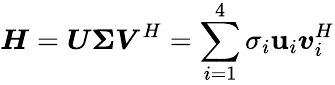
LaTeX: \boldsymbol{H}=\boldsymbol{U}\boldsymbol{\Sigma}\boldsymbol{V}^{H}=\sum_{i=1}^{4}\sigma_{i}\boldsymbol{\mathbf{u}}_{i}\boldsymbol{v}_{i}^{H}